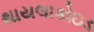
થાયલાકોઇડ